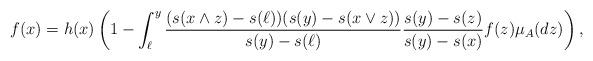
LaTeX: \begin{align*}f(x)=h(x)\left(1-\int_{\ell}^y \frac{(s(x\wedge z)-s(\ell))(s(y)-s(x\vee z))}{s(y)-s(\ell)}\frac{s(y)-s(z)}{s(y)-s(x)}f(z)\mu_A(dz)\right),\end{align*}